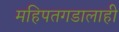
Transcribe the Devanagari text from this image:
महिपतगडालाही